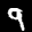
Label: 9